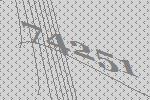
74251